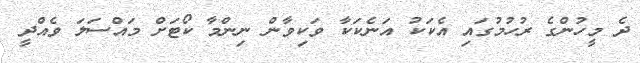
ދެ މީހުންގެ ރުހުމުގައި އެކަކު އަނެކަކާ ވަކިވާން ނިންމާ ކޯޓަށް މައްސަލަ ވެއްދީ